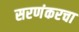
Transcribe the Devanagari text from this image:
सरणंकरचा